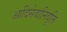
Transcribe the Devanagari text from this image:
आदिसेवानिवृत्ति